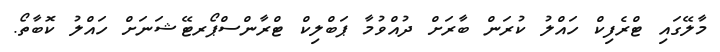
މާލޭގައި ޓްރެފިކް ހައްލު ކުރަން ބާރަށް ދުއްވުމާ ޕަބްލިކް ޓްރާންސްޕޯރޓޭޝަނަށް ހައްލު ކޮބާތޯ.